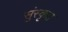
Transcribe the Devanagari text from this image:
सुंस्कृत